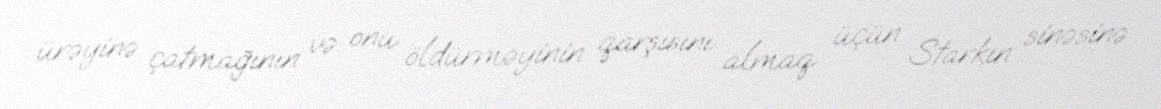
ürəyinə çatmağının və onu öldürməyinin qarşısını almaq üçün Starkın sinəsinə